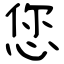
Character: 您